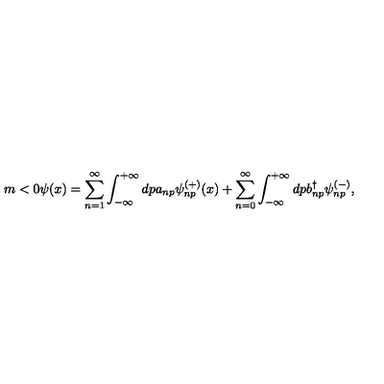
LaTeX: m < 0 \psi ( x ) = \sum _ { n = 1 } ^ { \infty } \int _ { - \infty } ^ { + \infty } d p a _ { n p } \psi _ { n p } ^ { ( + ) } ( x ) + \sum _ { n = 0 } ^ { \infty } \int _ { - \infty } ^ { + \infty } d p b _ { n p } ^ { \dag } \psi _ { n p } ^ { ( - ) } ,